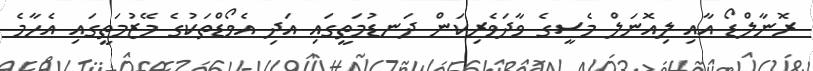
ރޮނާލްޑޯ އާއި ލިއޮނަލް މެސީގެ ވާދަވެރިކަން ދަނޑުމަތީގައި އަދި އެވޯޑްތަކުގެ މޭޒުމަތީގައި އެހާމެ